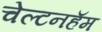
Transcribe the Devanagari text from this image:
चेल्टनहॅम